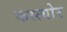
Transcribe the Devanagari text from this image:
कस्त्योर